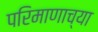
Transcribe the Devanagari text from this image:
परिमाणाच्या